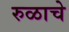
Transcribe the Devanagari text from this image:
रुळाचे